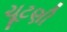
ચૂટણી